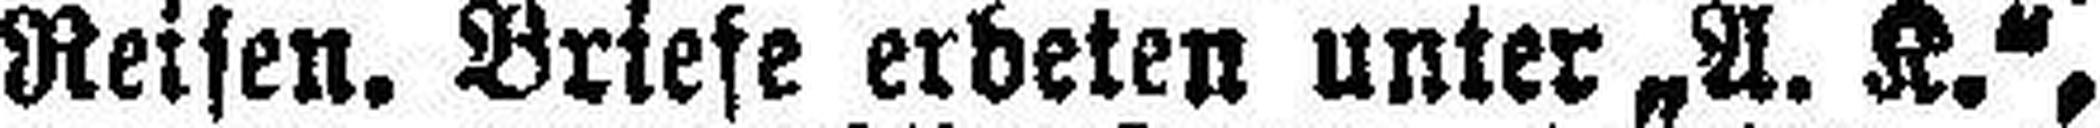
Reisen. Briefe erbeten unter „A. K.“,